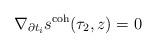
LaTeX: \begin{align*} \nabla_{\partial t_i} s^\textnormal{coh}(\tau_2,z) = 0 \end{align*}